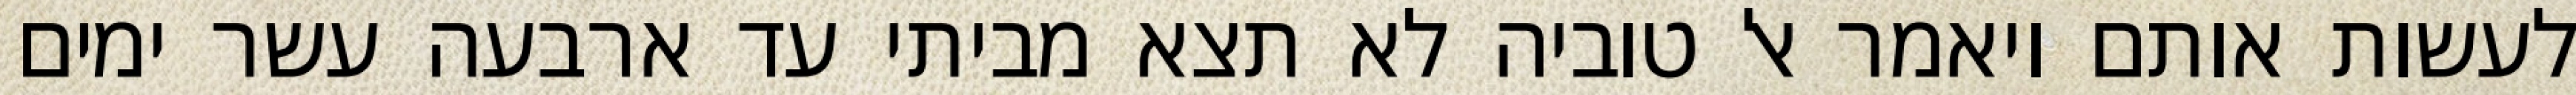
לעשות אותם ויאמר אל טוביה לא תצא מביתי עד ארבעה עשר ימים